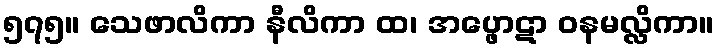
၅၇၅။ သေဖာလိကာ နီလိကာ ထ၊ အပ္ဖောဋာ ဝနမလ္လိကာ။